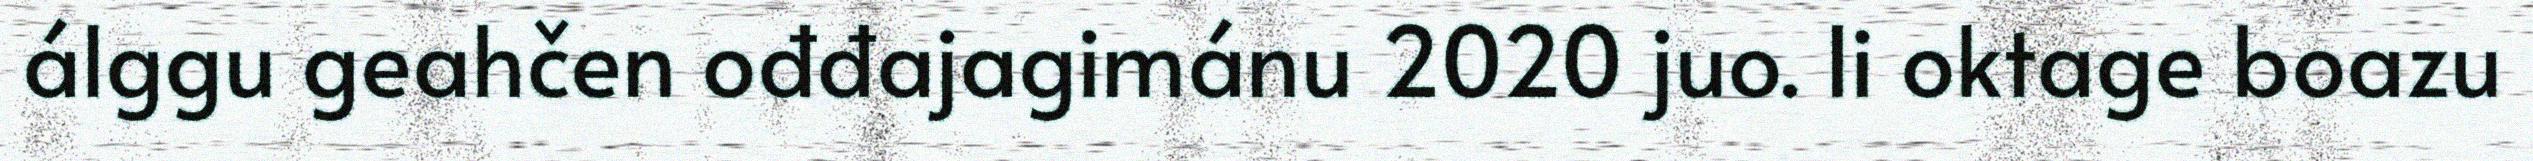
álggu geahčen ođđajagimánu 2020 juo. Ii oktage boazu